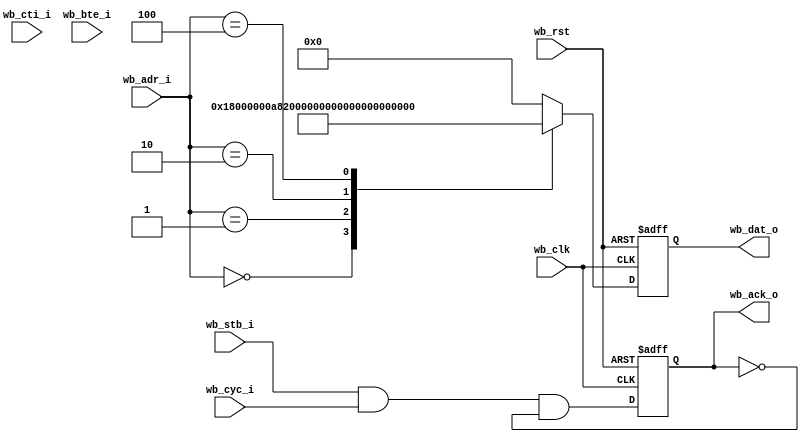
module rom
  #(parameter addr_width = 5,
    parameter b3_burst   = 0)
   (
    input 		       wb_clk,
    input 		       wb_rst,
    input [(addr_width+2)-1:2] wb_adr_i,
    input 		       wb_stb_i,
    input 		       wb_cyc_i,
    input [2:0] 	       wb_cti_i,
    input [1:0] 	       wb_bte_i,
    output reg [31:0] 	       wb_dat_o,
    output reg 		       wb_ack_o);
   
   reg [addr_width-1:0] 	    adr;

   always @ (posedge wb_clk or posedge wb_rst)
     if (wb_rst)
       wb_dat_o <= 32'h15000000;
     else
       case (adr)
	 // Zero r0 and endless loop
	 0 : wb_dat_o <= 32'h18000000;
	 1 : wb_dat_o <= 32'hA8200000;
	 2 : wb_dat_o <= 32'hA8C00100;
	 3 : wb_dat_o <= 32'h00000000;
	 4 : wb_dat_o <= 32'h15000000;
/*
	 // Zero r0 and jump to 0x00000100
	 0 : wb_dat_o <= 32'h18000000;
	 1 : wb_dat_o <= 32'hA8200000;
	 2 : wb_dat_o <= 32'hA8C00100;
	 3 : wb_dat_o <= 32'h44003000;
	 4 : wb_dat_o <= 32'h15000000;
 */
	 default:
	   wb_dat_o <= 32'h00000000;
       endcase // case (wb_adr_i)

generate
if(b3_burst) begin : gen_b3_burst
   reg 				    wb_stb_i_r;
   reg 				    new_access_r;   
   reg 				    burst_r;
	 
   wire burst      = wb_cyc_i & (!(wb_cti_i == 3'b000)) & (!(wb_cti_i == 3'b111));
   wire new_access = (wb_stb_i & !wb_stb_i_r);
   wire new_burst  = (burst & !burst_r);

   always @(posedge wb_clk) begin
     new_access_r <= new_access;
     burst_r      <= burst;
     wb_stb_i_r   <= wb_stb_i;
   end
   
   
   always @(posedge wb_clk)
     if (wb_rst)
       adr <= 0;
     else if (new_access)
       // New access, register address, ack a cycle later
       adr <= wb_adr_i[(addr_width+2)-1:2];
     else if (burst) begin
	if (wb_cti_i == 3'b010)
	  case (wb_bte_i)
	    2'b00: adr <= adr + 1;
	    2'b01: adr[1:0] <= adr[1:0] + 1;
	    2'b10: adr[2:0] <= adr[2:0] + 1;
	    2'b11: adr[3:0] <= adr[3:0] + 1;
	  endcase // case (wb_bte_i)
	else
	  adr <= wb_adr_i[(addr_width+2)-1:2];
     end // if (burst)
   
   
   always @(posedge wb_clk)
     if (wb_rst)
       wb_ack_o <= 0;
     else if (wb_ack_o & (!burst | (wb_cti_i == 3'b111)))
       wb_ack_o <= 0;
     else if (wb_stb_i & ((!burst & !new_access & new_access_r) | (burst & burst_r)))
       wb_ack_o <= 1;
     else
       wb_ack_o <= 0;

     end else begin
	always @(wb_adr_i)
	  adr <= wb_adr_i;
	
	always @ (posedge wb_clk or posedge wb_rst)
	  if (wb_rst)
	    wb_ack_o <= 1'b0;
	  else
	    wb_ack_o <= wb_stb_i & wb_cyc_i & !wb_ack_o;
	
     end
endgenerate   
endmodule